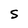
Character: S